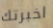
اخبرتك